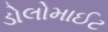
ડોલોમાઈટ